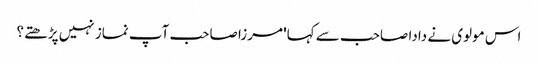
اس مولوی نے دادا صاحب سے کہا' مرزا صاحب آپ نماز نہیں پڑھتے؟